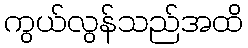
ကွယ်လွန်သည်အထိ